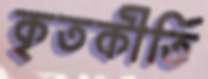
কৃতকীর্তি